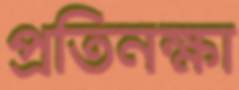
প্রতিনক্ষা